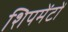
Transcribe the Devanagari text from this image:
शिपमेंटों